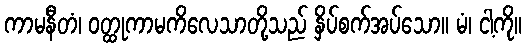
ကာမနီတံ၊ ဝတ္ထုကာမကိလေသာတို့သည် နှိပ်စက်အပ်သော။ မံ၊ ငါ့ကို။